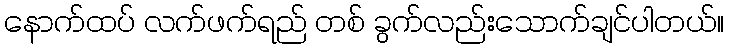
နောက်ထပ် လက်ဖက်ရည် တစ် ခွက်လည်းသောက်ချင်ပါတယ်။